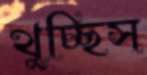
থুচ্ছিস